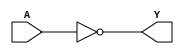
module sky130_fd_sc_ms__clkdlyinv5sd3 (
    Y,
    A
);

    // Module ports
    output Y;
    input  A;

    // Local signals
    wire not0_out_Y;

    //  Name  Output      Other arguments
    not not0 (not0_out_Y, A              );
    buf buf0 (Y         , not0_out_Y     );

endmodule